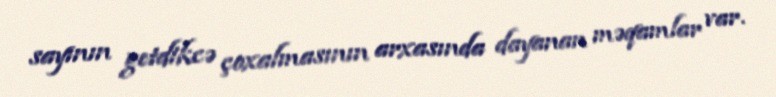
sayının getdikcə çoxalmasının arxasında dayanan məqamlar var.